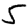
Digit: 5